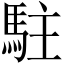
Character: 駐